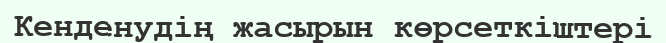
Кенденудің жасырын көрсеткіштері